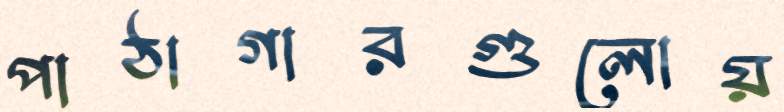
পাঠাগারগুলোয়